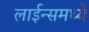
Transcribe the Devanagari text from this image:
लाईन्समध्ये